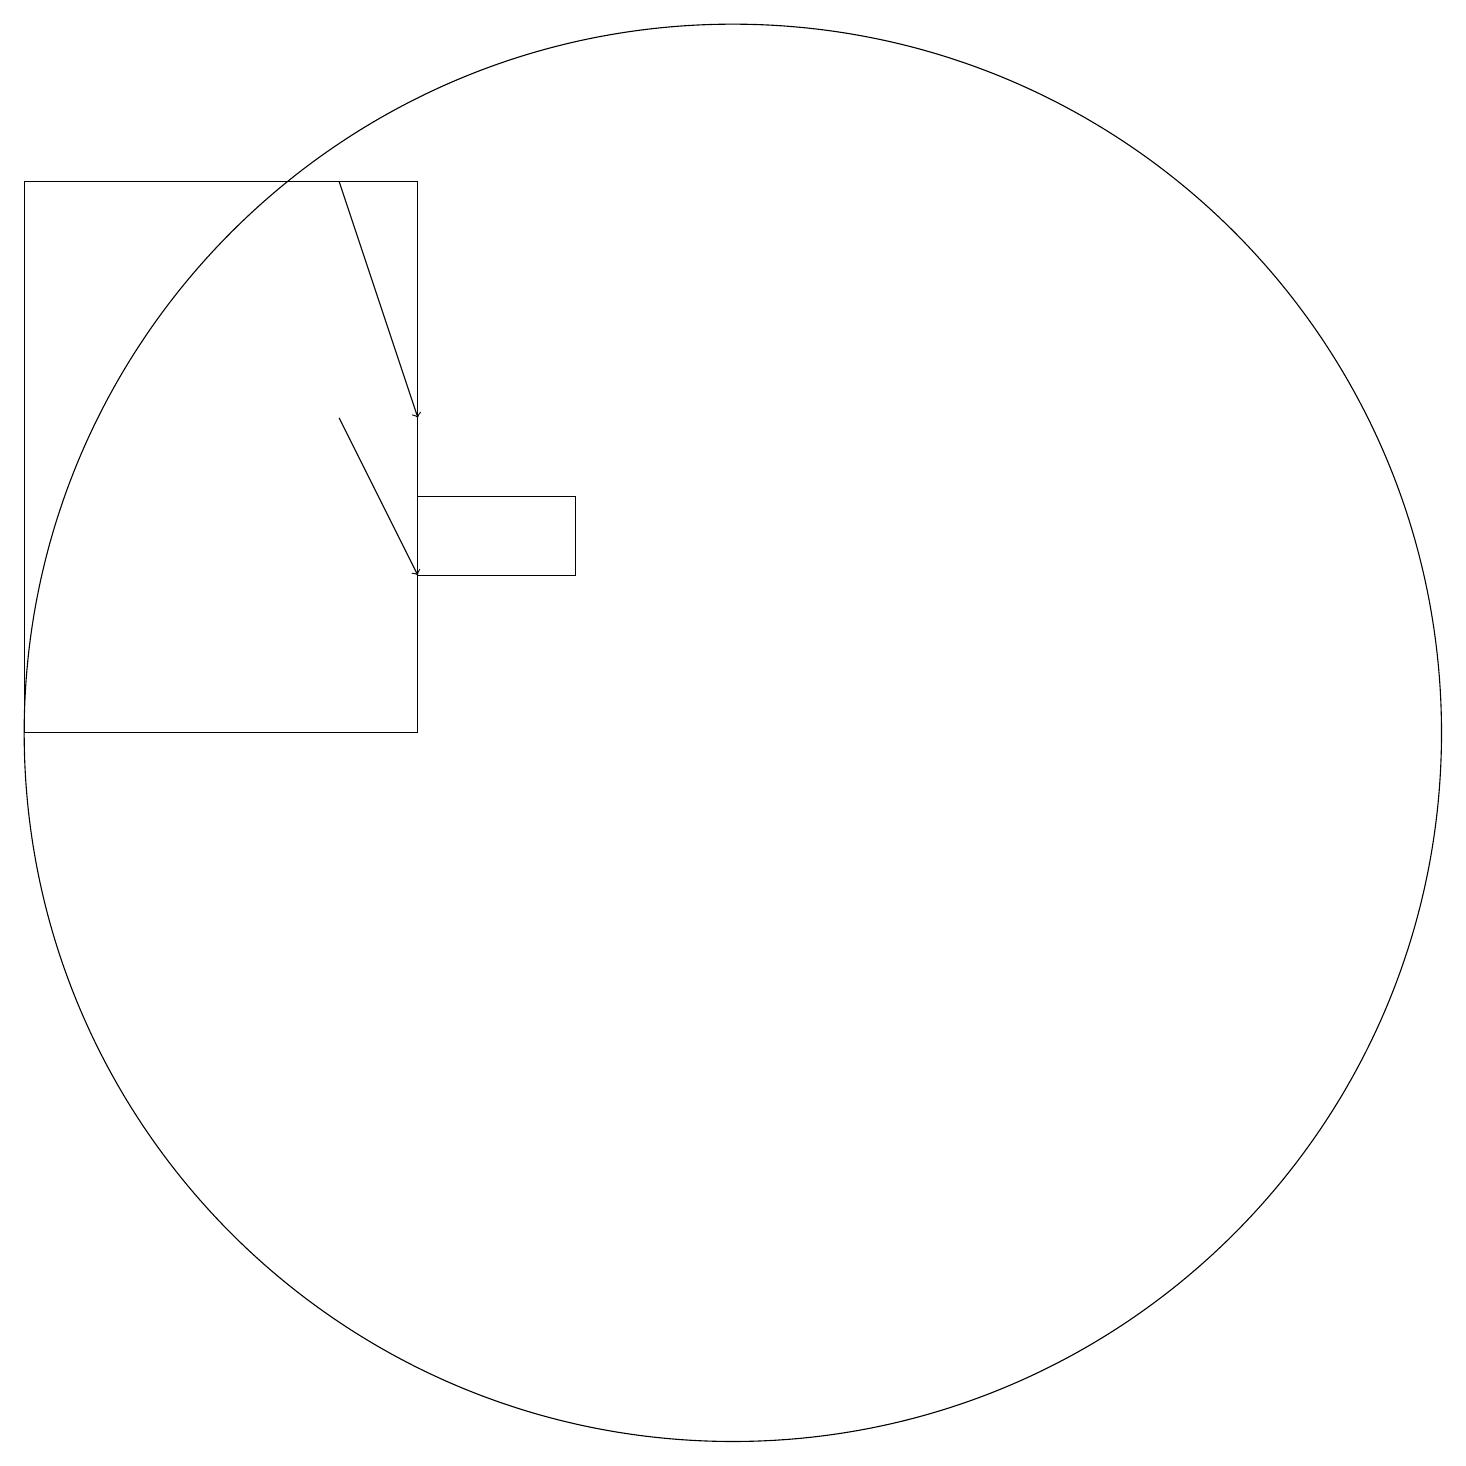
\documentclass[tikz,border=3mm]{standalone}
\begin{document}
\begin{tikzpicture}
\draw (8,13) rectangle (6,14);
\draw (6,18) rectangle (1,11);
\draw (10,11) circle (9);
\draw[->] (5,15) -- (6,13);
\draw[->] (5,18) -- (6,15);
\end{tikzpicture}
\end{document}